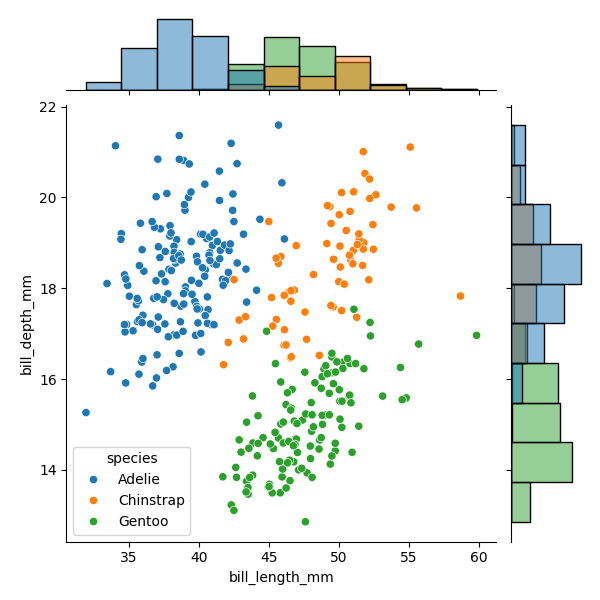
python, seaborn, JointGrid, scatterplot, histplot, hue